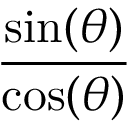
\frac { \sin ( \theta ) } { \cos ( \theta ) }